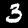
Digit: 3